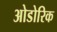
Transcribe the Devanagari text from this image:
ओडोरिक